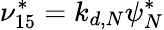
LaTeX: \nu_{15}^{*}=k_{d,N}\psi_{N}^{*}